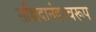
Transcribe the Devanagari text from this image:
सच्चिदानंदस्वरूप